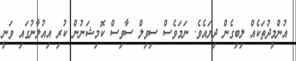
އުންމީދުތަކެއް ލިބިގެން ދިޔައެވެ. ނަމަވެސް ސިވިލް ސާވިސް ކޮމިޝަނުން ކުރި އިއުލާނުގައި ވަނީ